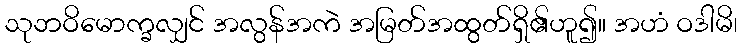
သုဘဝိမောက္ခလျှင် အလွန်အကဲ အမြတ်အထွတ်ရှိ၏ဟူ၍။ အဟံ ဝဒါမိ၊